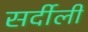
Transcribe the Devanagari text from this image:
सर्दीली